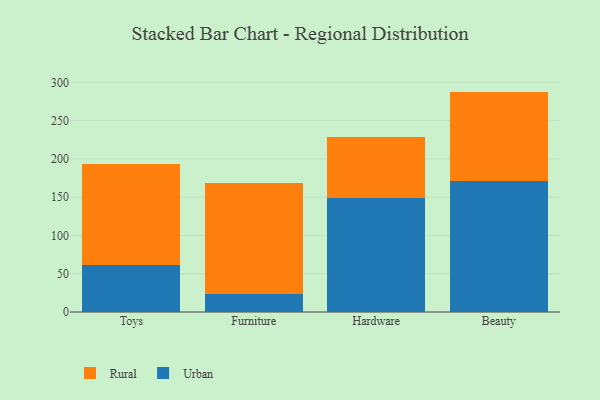
{"axis": {"x": "Category", "y": "Inventory Turnover"}, "legend": ["Rural", "Urban"], "data": [{"x": "Toys", "y": 61.7, "type": "Urban"}, {"x": "Toys", "y": 131.3, "type": "Rural"}, {"x": "Furniture", "y": 24.1, "type": "Urban"}, {"x": "Furniture", "y": 144.9, "type": "Rural"}, {"x": "Hardware", "y": 148.7, "type": "Urban"}, {"x": "Hardware", "y": 79.3, "type": "Rural"}, {"x": "Beauty", "y": 170.9, "type": "Urban"}, {"x": "Beauty", "y": 117.0, "type": "Rural"}]}